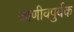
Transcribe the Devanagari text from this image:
जाणीवपुर्वक